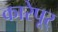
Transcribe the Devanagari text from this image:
कारेपूर्